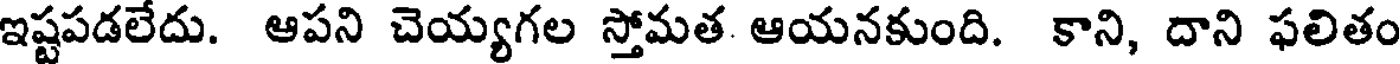
ఇష్టపడలేదు. ఆపని చెయ్యగల స్తోమత ఆయనకుంది. కాని, దాని ఫలితం